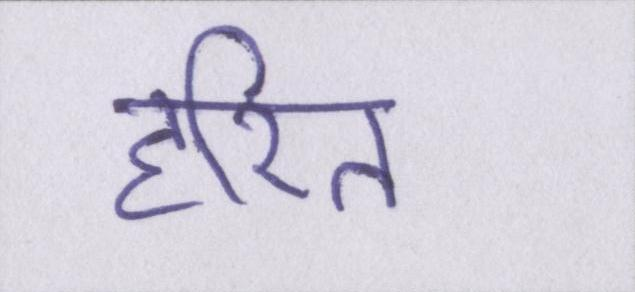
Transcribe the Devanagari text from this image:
हरित